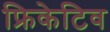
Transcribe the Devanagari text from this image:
फ्रिकेटिव